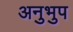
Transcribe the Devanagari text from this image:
अनुभुप